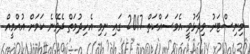
މިނިސްޓަރު ވިދާޅުވީ އެމަސައްކަތް 2017 ގައި ނިމި އެހިދުމަތް ދެވޭނެ ކަމަށް އުއްމީއް